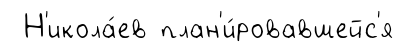
Н'икола́ев план'и́ровавшейс'я